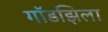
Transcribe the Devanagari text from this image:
गॉडझिला